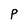
Character: P